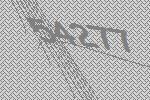
54277